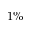
1 \%